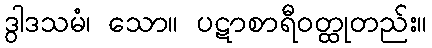
ဒွါဒသမံ၊ သော။ ပဋာစာရီဝတ္ထုတည်း။